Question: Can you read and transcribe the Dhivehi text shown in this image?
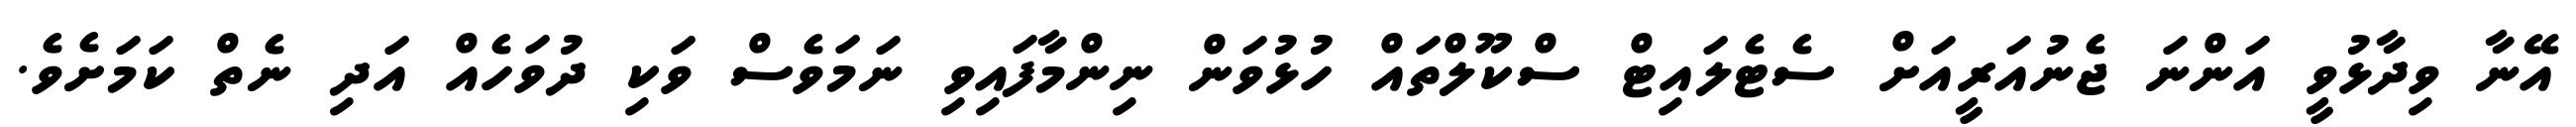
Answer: އޭނާ ވިދާޅުވީ އަންނަ ޖެނުއަރީއަށް ސެޓެލައިޓް ސްކޫލްތައް ހުޅުވަން ނިންމާފައިވި ނަމަވެސް ވަކި ދުވަހެއް އަދި ނެތް ކަމަށެވެ.